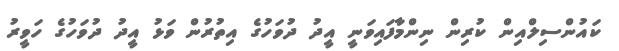
ކައުންސިލްއިން ކުރިން ނިންމާފައިވަނީ އީދު ދުވަހުގެ އިތުރުން ވަޅު އީދު ދުވަހުގެ ހަވީރު